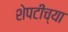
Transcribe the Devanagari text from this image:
शेपटींच्या